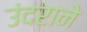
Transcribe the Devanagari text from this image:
उंदराने